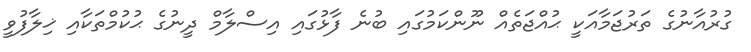
ގުރުއާނުގެ ތަރުޖަމާއަކީ ޙުއްޖަތެއް ނޫންކަމުގައި ބުނެ ފާޅުގައި އިސްލާމް ދީނުގެ ޙުކުމްތަކާއި ޚިލާފުވީ